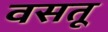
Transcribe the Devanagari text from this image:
वसतू